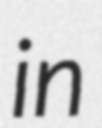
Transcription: in